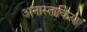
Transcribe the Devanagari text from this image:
अनास्ताकिया